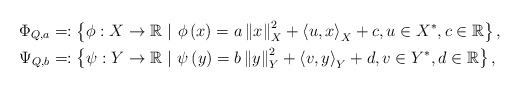
\begin{align*}\Phi_{Q,a} & =:\left\{ \phi:X\to\mathbb{R}\ |\ \phi\left(x\right)=a\left\Vert x\right\Vert_X ^{2}+\left\langle u,x\right\rangle_X + c,u\in X^*,c\in\mathbb{R}\right\}, \\\Psi_{Q,b} & =:\left\{ \psi:Y\to\mathbb{R}\ |\ \psi\left(y\right)=b\left\Vert y\right\Vert_Y ^{2}+\left\langle v,y\right\rangle_Y + d,v\in Y^*,d\in\mathbb{R}\right\},\end{align*}